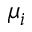
\mu _ { i }